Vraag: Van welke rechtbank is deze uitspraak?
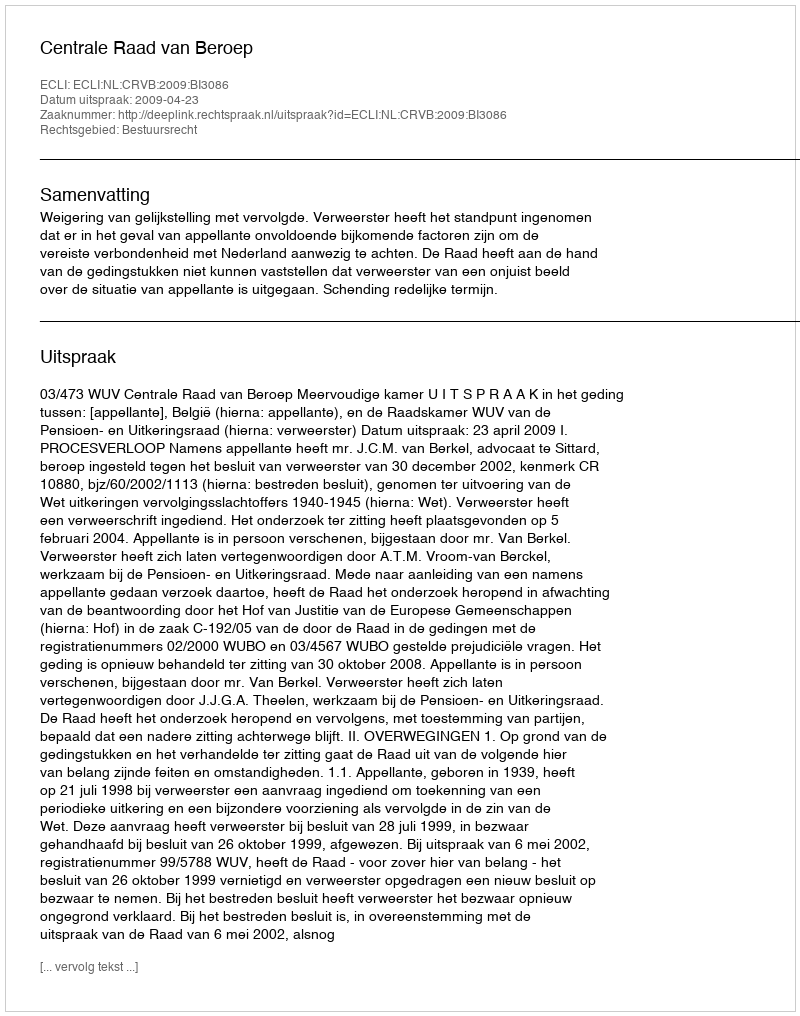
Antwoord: Centrale Raad van Beroep